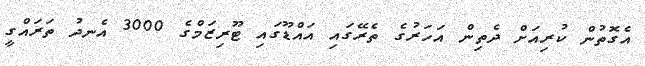
އެގޮތުން ކުރިއަށް ދެތިން އަހަރުގެ ތެރޭގައި އައްޑޫގައި ޓޫރިޒަމްގެ 3000 އެނދު ތަރައްގީ